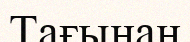
Тағынан